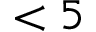
< 5